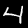
Label: 4